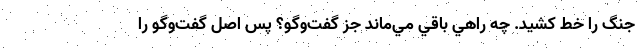
جنگ را خط كشيد. چه راهي باقي مي‌ماند جز گفت‌وگو؟ پس اصل گفت‌وگو را